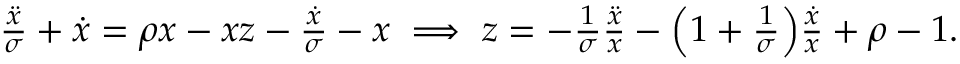
\begin{array} { r } { \frac { \ddot { x } } { \sigma } + \dot { x } = \rho x - x z - \frac { \dot { x } } { \sigma } - x \implies z = - \frac { 1 } { \sigma } \frac { \ddot { x } } { x } - \Big ( 1 + \frac { 1 } { \sigma } \Big ) \frac { \dot { x } } { x } + \rho - 1 . } \end{array}